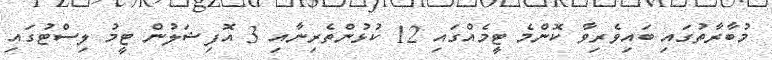
މުބާރާތުގައި ބައިވެރިވާ ކޮންމެ ޓީމެއްގައި 12 ކުޅުންތެރިނާއި 3 އޮފިޝަލުން ޓީމު ލިސްޓުގައި